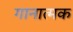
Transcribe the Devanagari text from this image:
गानात्मक